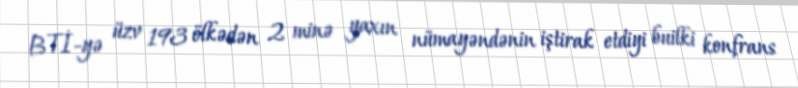
BTİ-yə üzv 193 ölkədən 2 minə yaxın nümayəndənin iştirak etdiyi builki konfrans